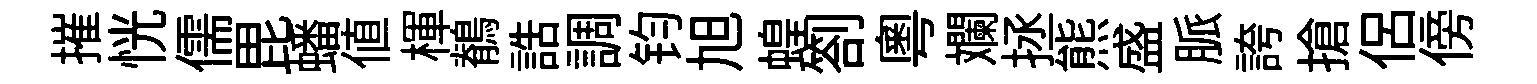
摧恍儒毘蟠値楎鶺誥調钧旭蝗劄粵斕拯熊盛脈誇搶侶傍